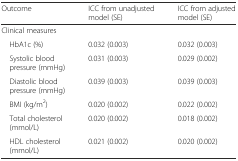
| Outcome | ICC from unadjusted model (SE) | ICC from adjusted model (SE) |
 | --- | --- | --- |
 | <COLSPAN=3> Clinical measures |
 | HbA1c (%) | 0.032 (0.003) | 0.032 (0.003) |
 | Systolic blood pressure (mmHg) | 0.031 (0.003) | 0.029 (0.002) |
 | Diastolic blood pressure (mmHg) | 0.039 (0.003) | 0.039 (0.003) |
 | BMI (kg/m2) | 0.020 (0.002) | 0.022 (0.002) |
 | Total cholesterol (mmol/L) | 0.020 (0.002) | 0.018 (0.002) |
 | HDL cholesterol (mmol/L) | 0.021 (0.002) | 0.020 (0.002) |